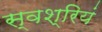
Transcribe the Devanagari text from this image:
स्वश्रियं